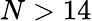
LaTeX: N>14